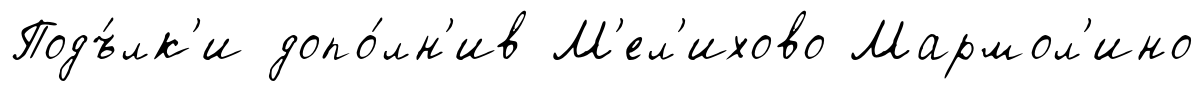
Подъ́лк'и допо́лн'ив М'ел'ихово Мармол'ино